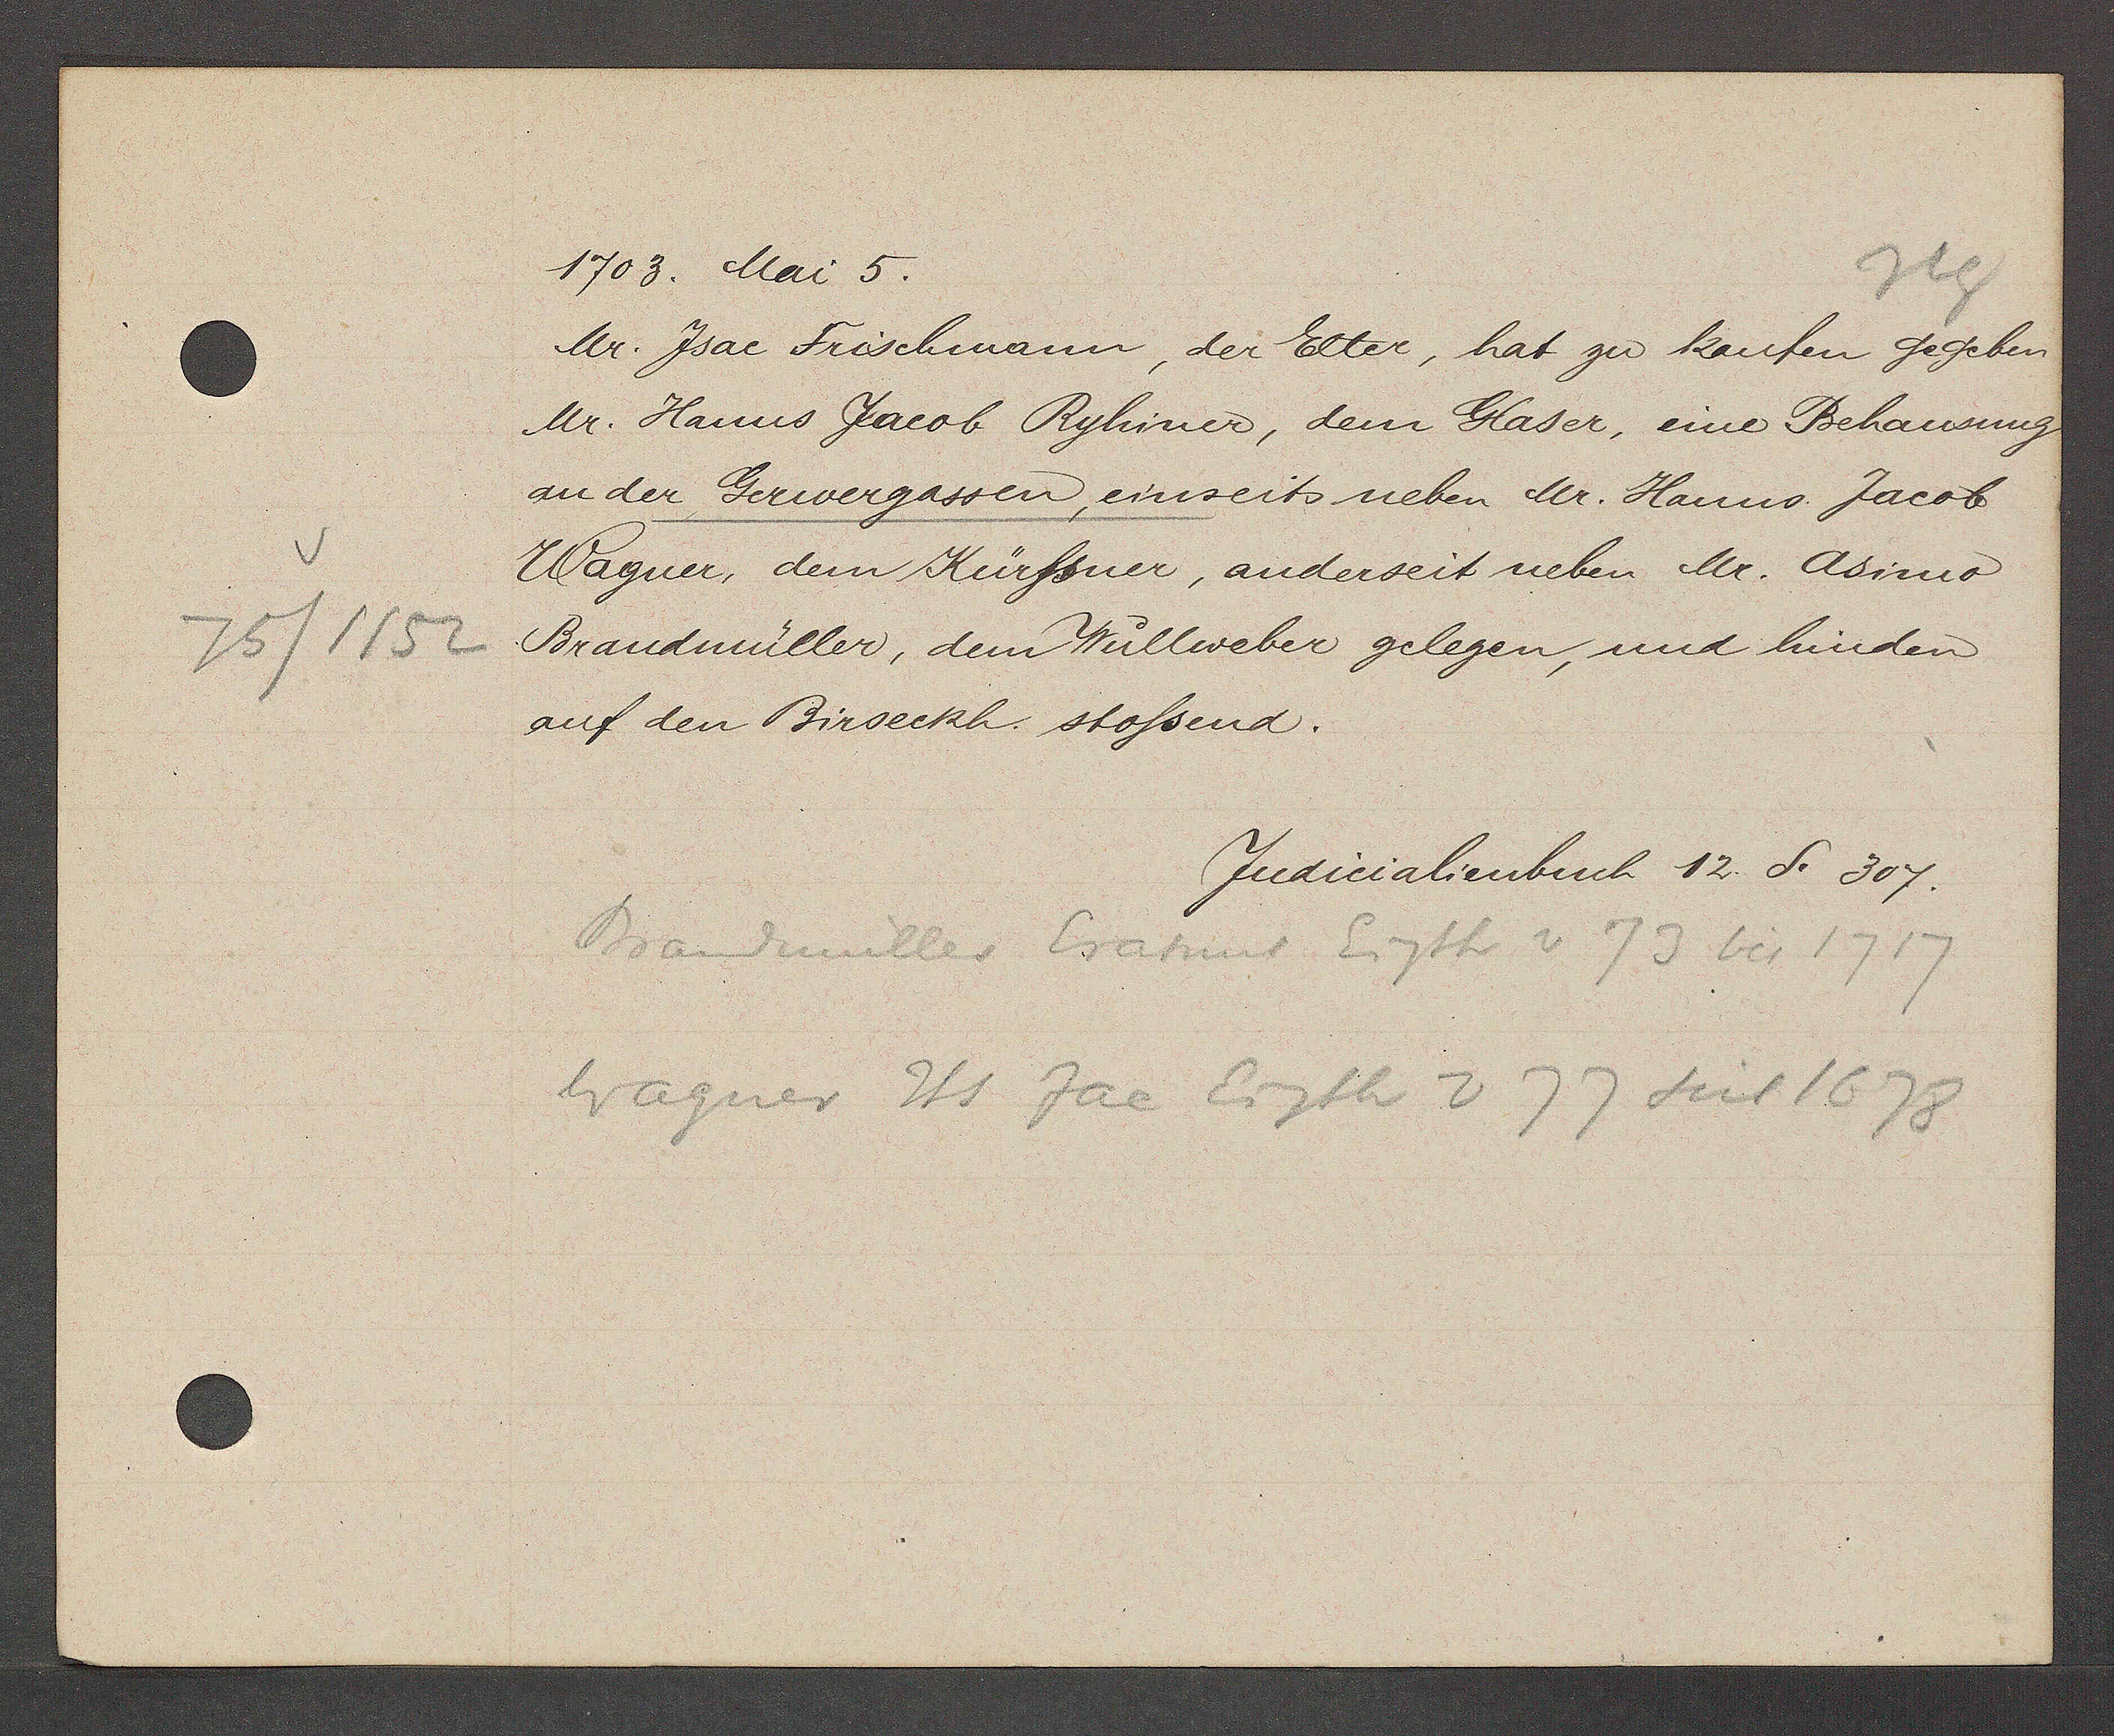
Transcript:
75/1152

1703. Mai 5.

Mr. Jsac Frischmann, der Elter, hat zu kaufen gegeben
Mr. Hanns Jacob Ryhiner, dem Glaser, eine Behausung
an der Gerwergassen, einseits neben Mr. Hanns. Jacob
Wagner, dem Kürfsner, anderseit neben Mr. Asimo
Brandmüller, dem Wullweber gelegen, und hinden
auf den Birseckh stossend.

Judicialienbuch 12. S. 307.

Brandmüller Esamius Eigth v 73 bis 1717
Wagner Hs Jac Eigth 277 seit 1678